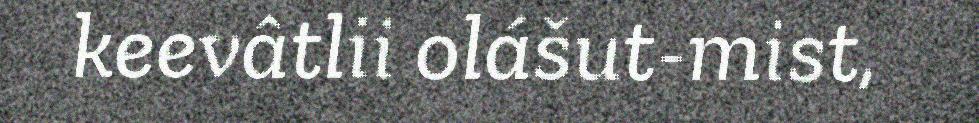
keevâtlii olášut-mist,